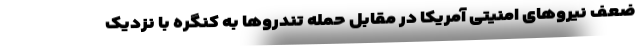
ضعف نیروهای امنیتی آمریکا در مقابل حمله تندروها به کنگره با نزدیک